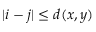
| i - j | \leq d ( x , y )